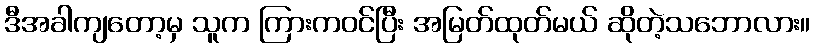
ဒီအခါကျတော့မှ သူက ကြားကဝင်ပြီး အမြတ်ထုတ်မယ် ဆိုတဲ့သဘောလား။